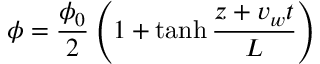
\phi = { \frac { \phi _ { 0 } } { 2 } } \left( 1 + \operatorname { t a n h } { \frac { z + v _ { w } t } { L } } \right)